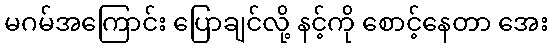
မဂမ်အကြောင်း ပြောချင်လို့ နင့်ကို စောင့်နေတာ အေး